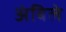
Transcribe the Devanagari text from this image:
अंबिले